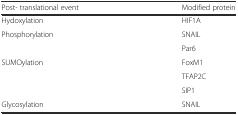
<table><thead><tr><td><b>Post- translational event</b></td><td><b>Modified protein</b></td></tr></thead><tbody><tr><td>Hydoxylation</td><td>HIF1A</td></tr><tr><td rowspan="2">Phosphorylation</td><td>SNAIL</td></tr><tr><td>Par6</td></tr><tr><td rowspan="3">SUMOylation</td><td>FoxM1</td></tr><tr><td>TFAP2C</td></tr><tr><td>SIP1</td></tr><tr><td>Glycosylation</td><td>SNAIL</td></tr></tbody></table>